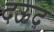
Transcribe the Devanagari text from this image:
दऊद